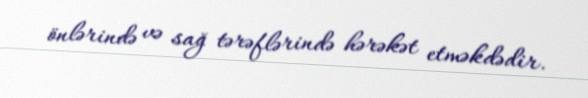
önlərində və sağ tərəflərində hərəkət etməkdədir.